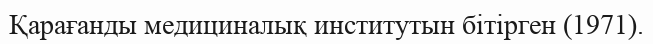
Қарағанды медициналық институтын бітірген (1971).